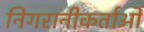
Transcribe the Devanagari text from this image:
निगरानीकर्ताओं